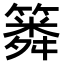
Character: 𥳞